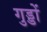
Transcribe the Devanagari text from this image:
गुड्डों